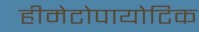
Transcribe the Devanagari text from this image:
हीमेटोपायोटिक